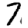
Digit: 7